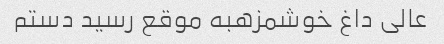
عالی داغ خوشمزهبه موقع رسید دستم